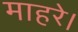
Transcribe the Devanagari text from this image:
माहरे।